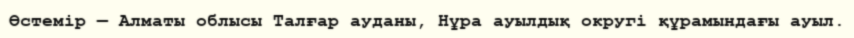
Өстемір — Алматы облысы Талғар ауданы, Нұра ауылдық округі құрамындағы ауыл.